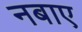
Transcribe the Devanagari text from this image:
नबाए